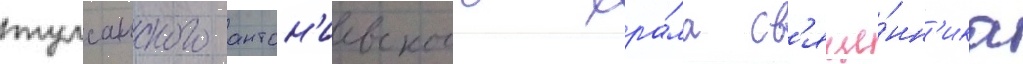
тулсанского антон'иевского хра́ма св'яще́нн'ика